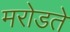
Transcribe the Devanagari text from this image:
मरोडते